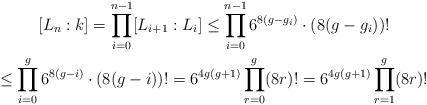
LaTeX: \begin{gather*} [L_n:k] = \prod_{i=0}^{n-1}[L_{i+1}:L_{i}] \leq\prod_{i=0}^{n-1} 6^{8(g-g_i)}\cdot(8(g-g_i))!\\ \leq\prod_{i=0}^g 6^{8(g-i)}\cdot(8(g-i))! = 6^{4g(g+1)}\prod_{r=0}^{g} (8r)! = 6^{4g(g+1)}\prod_{r=1}^{g} (8r)!\end{gather*}